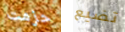
حزمت تضيع